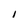
Character: I